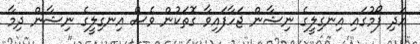
އަދި ފޯމުގައި އިނގިލީގެ ނިޝާން ޖަހާފައިވާ ގޮތަކުން ވެސް އިނގިލީގެ ނިޝާން ދިމާ